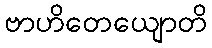
ဗာဟိတေယျောတိ